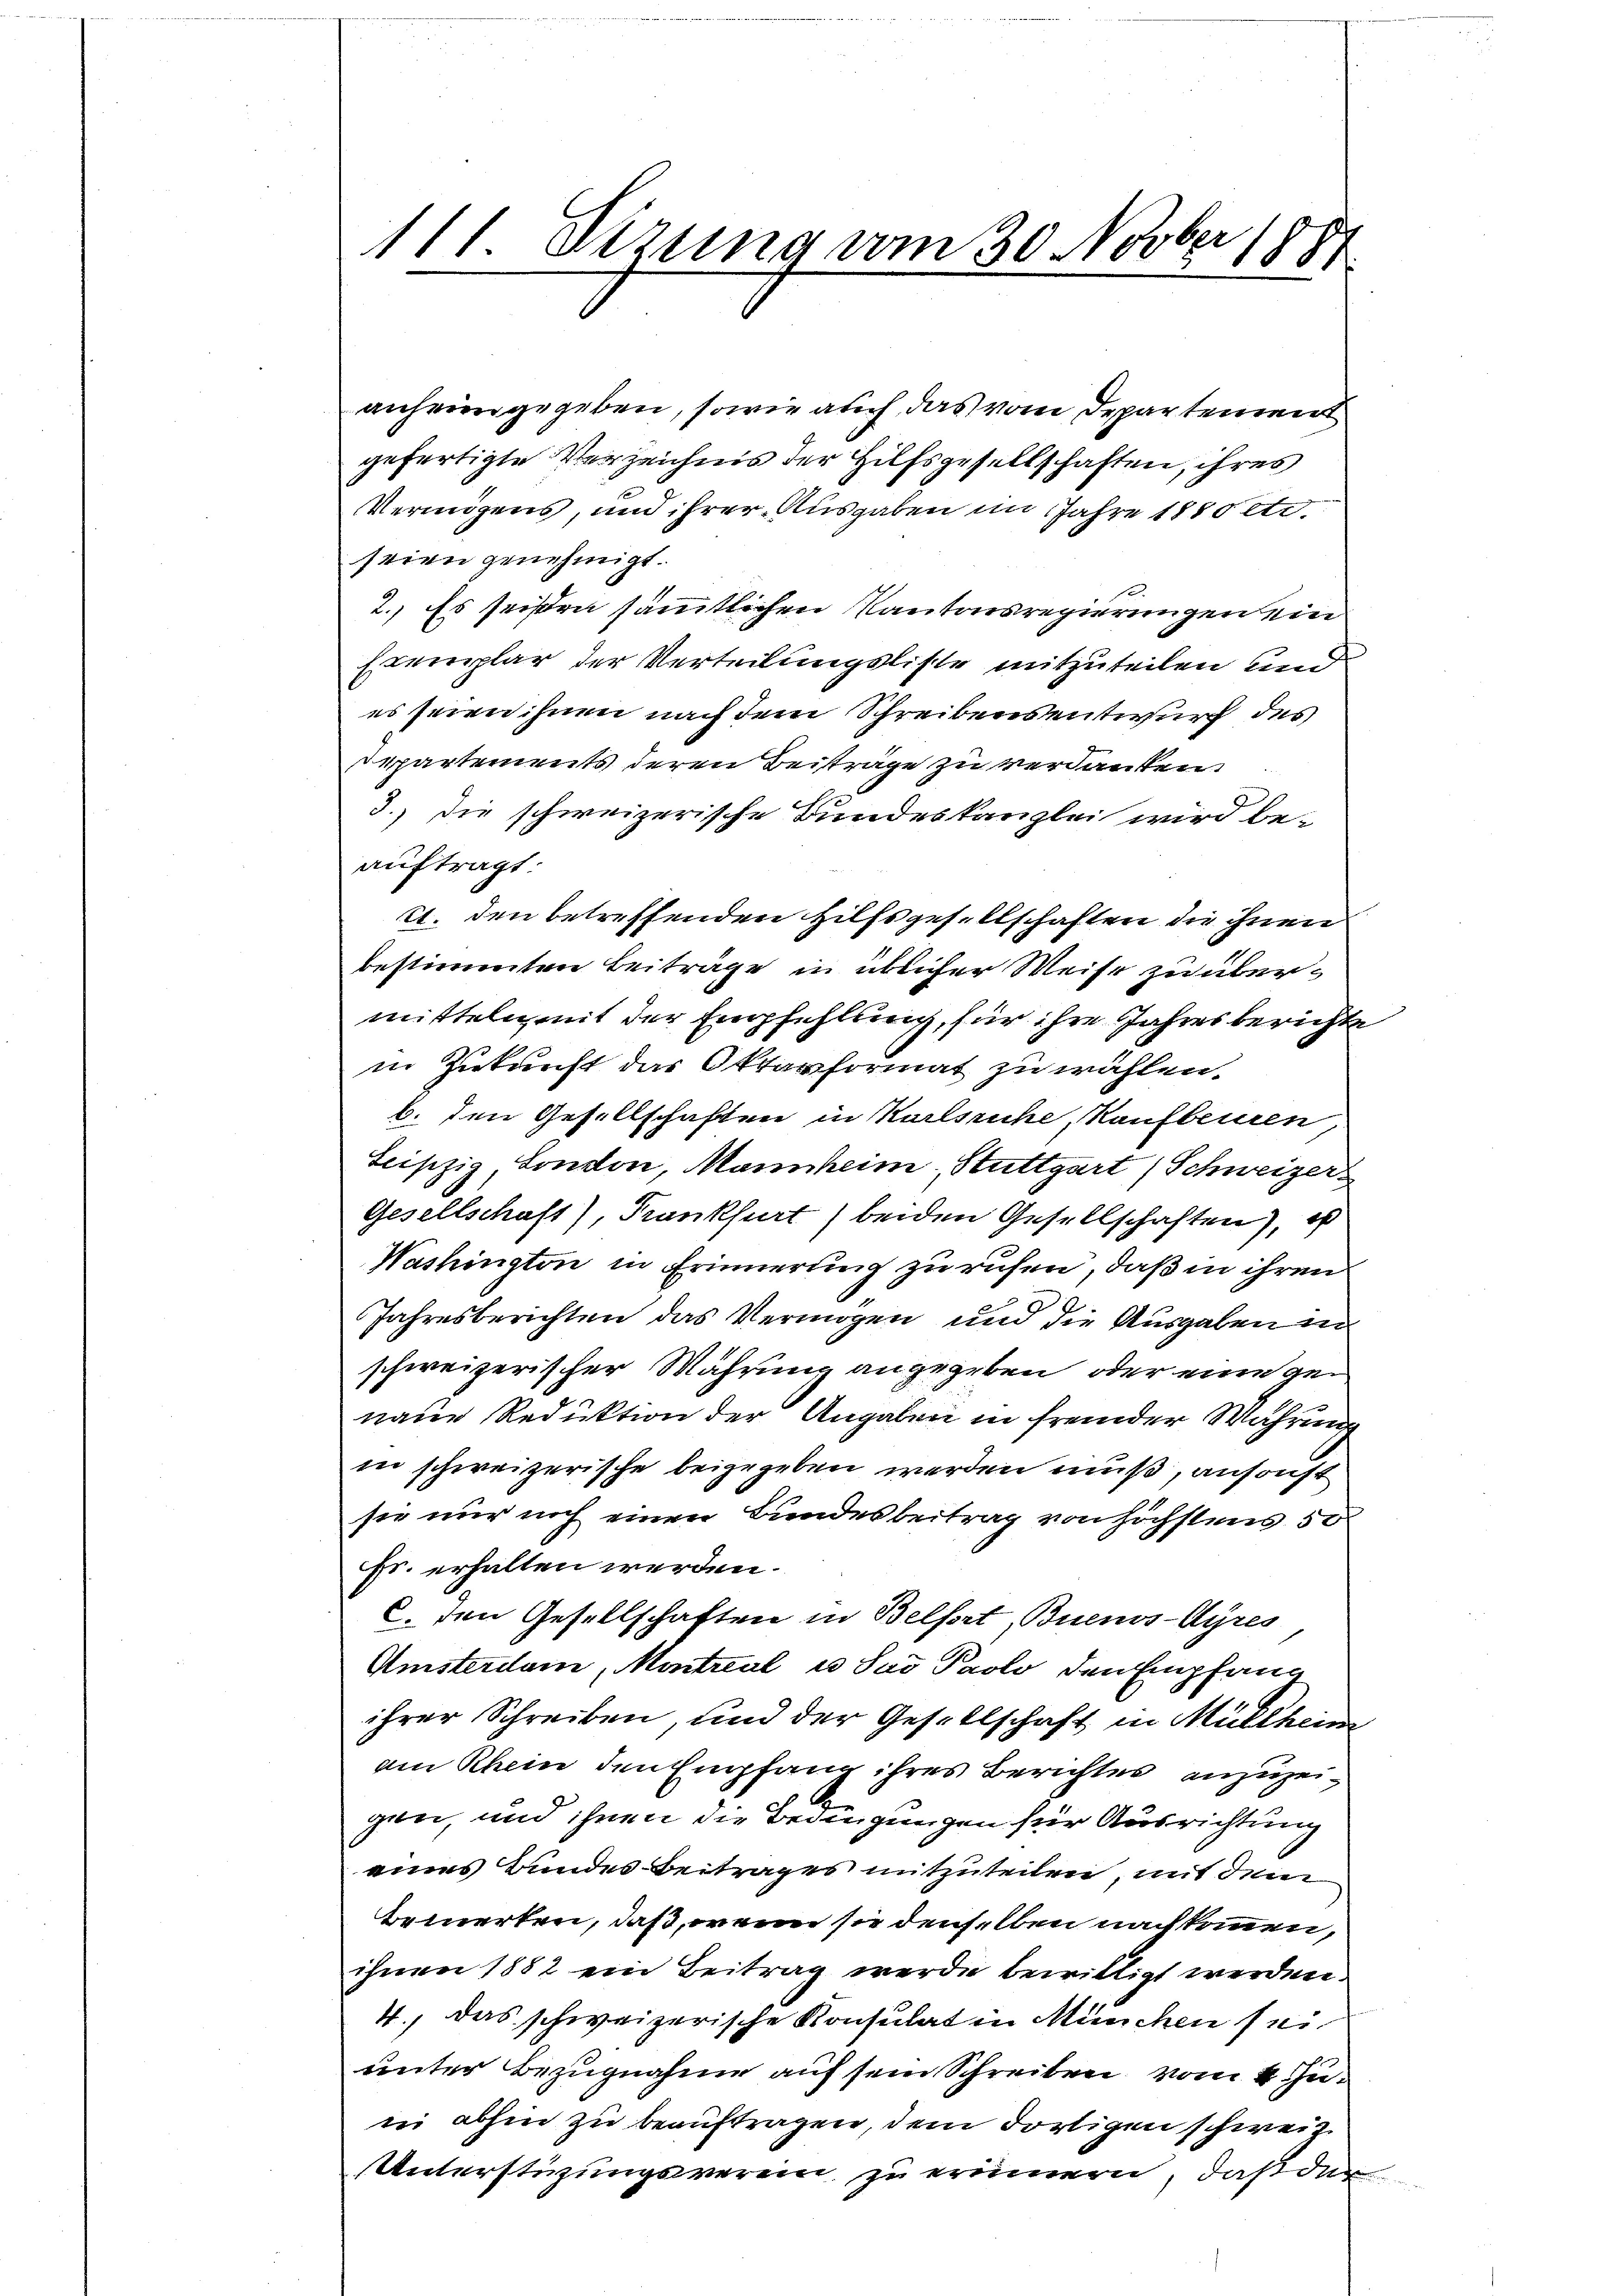
111. Dizung vom 30. Novber 1881

anheimgegeben, sowie auch das vom Departement
gefertigte Verzeichnis der Hilfsgesellschaften, ihres
Vermögens, und ihrer Ausgaben im Jahre 1880 etc.
seien genehmigt.
2. Es seisten sämmtlichen Kantonsregierungen ein
Exemplar der Verteilungsliste mitzuteilen und
es seien ihnen nach dem Schreibens entwurf des
partements deren Beiträge zu verdanken.
3.) Die schweizerische Bundeskanzlei wird beauftragt:
21. den betreffenden Hilfsgesellschaften die ihnen
bestimmten Beiträge in üblicher Weise zu übermitteln mit der Empfehlung, für ihre Jahresberichte
in Zukunft das Oktavformat zu wählen.
b. den Gesellschaften in Karlsruhe, Kaufberen
Leipzig London, Mannheim Stuttgart (Schweizers
Gesellschaft), Frankfurt) beiden Gesellschaften), es
Washington in Erinnerung zu ruhen, daß in ihren
2
Jahresberichten das Vermögen und die Ausgaben in
schweizerischer Währung angegeben, oder eine genaue Reduktion der Angaben in fremder Wahrung
in schweizerische beigegeben werden muß, ansonst
sie nur noch einen Bundesbeitrag von höchstens 50
Fr. erhalten werden.
C. den Gesellschaften in Belfort, Buenos-Ayres
Amsterdam, Montreal u. das Paolo den Empfang
ihrer Schreiben, und der Gesellschaft in Müllheim
am Rhein den Empfang ihres Berichtes anzuzeigen, und ihnen die Bedingungen für Ausrichtung
eines Bundes Beitrages mitzuteilen, mit dem
bemerken, daß, wenn sie denselben nach kommen,
ihnen 1882 ein Beitrag werde bewilligt werden.
4., das schweizerische Konsulat in München sei.
unter Bezugnahme auf sein Schreiben vom 4. Juin abhin zu beauftragen, dem dortigen schweiz.
Unterstüzungsverein zu erinnern, daß der